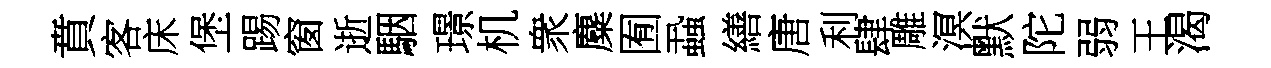
賁客床堡踢窗逝駰璟机衆麋囿蝨繕唐利肆雕溟默陀弱王渴